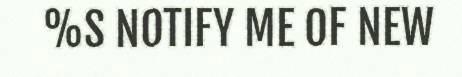
%S NOTIFY ME OF NEW